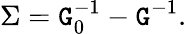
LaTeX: \Sigma=\mathtt{G}_{0}^{-1}-\mathtt{G}^{-1}.